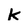
Character: k